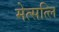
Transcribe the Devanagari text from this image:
मेत्सत्लि